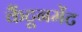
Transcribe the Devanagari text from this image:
कैंटूनमेंट